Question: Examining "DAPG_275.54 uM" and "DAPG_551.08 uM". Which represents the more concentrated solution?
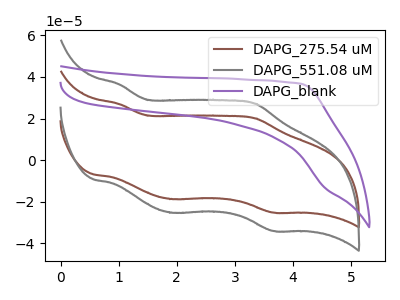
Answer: <think>The brown curve "DAPG_275.54 uM" has anodic peaks at (1.00V, 26.95uA) (3.35V, 20.15uA) and cathodic peaks at (1.90V, -18.70uA) (3.65V, -25.20uA). The gray curve "DAPG_551.08 uM" has anodic peaks at (1.00V, 36.40uA) (3.35V, 27.20uA) and cathodic peaks at (1.90V, -25.30uA) (3.65V, -34.05uA). The purple curve "DAPG_blank" has no peaks.
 All the peaks in "DAPG_275.54 uM" have a peak in "DAPG_551.08 uM" at the same potential. Every peak in "DAPG_275.54 uM" is lower than every peak in "DAPG_551.08 uM".</think>
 <answer>"DAPG_275.54 uM" has less signal than "DAPG_551.08 uM" and so likely has a lower concentration.</answer>
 <eval>less_concentration</eval>